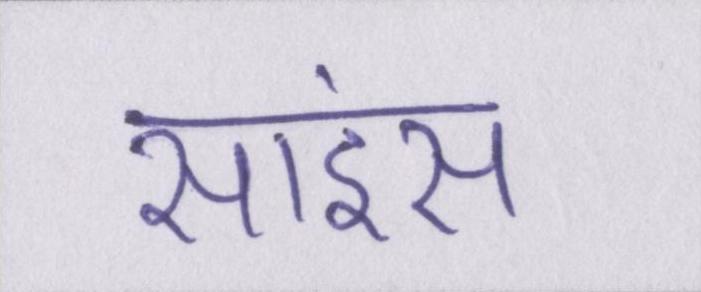
साइंस